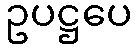
ဥပဋ္ဌပေ